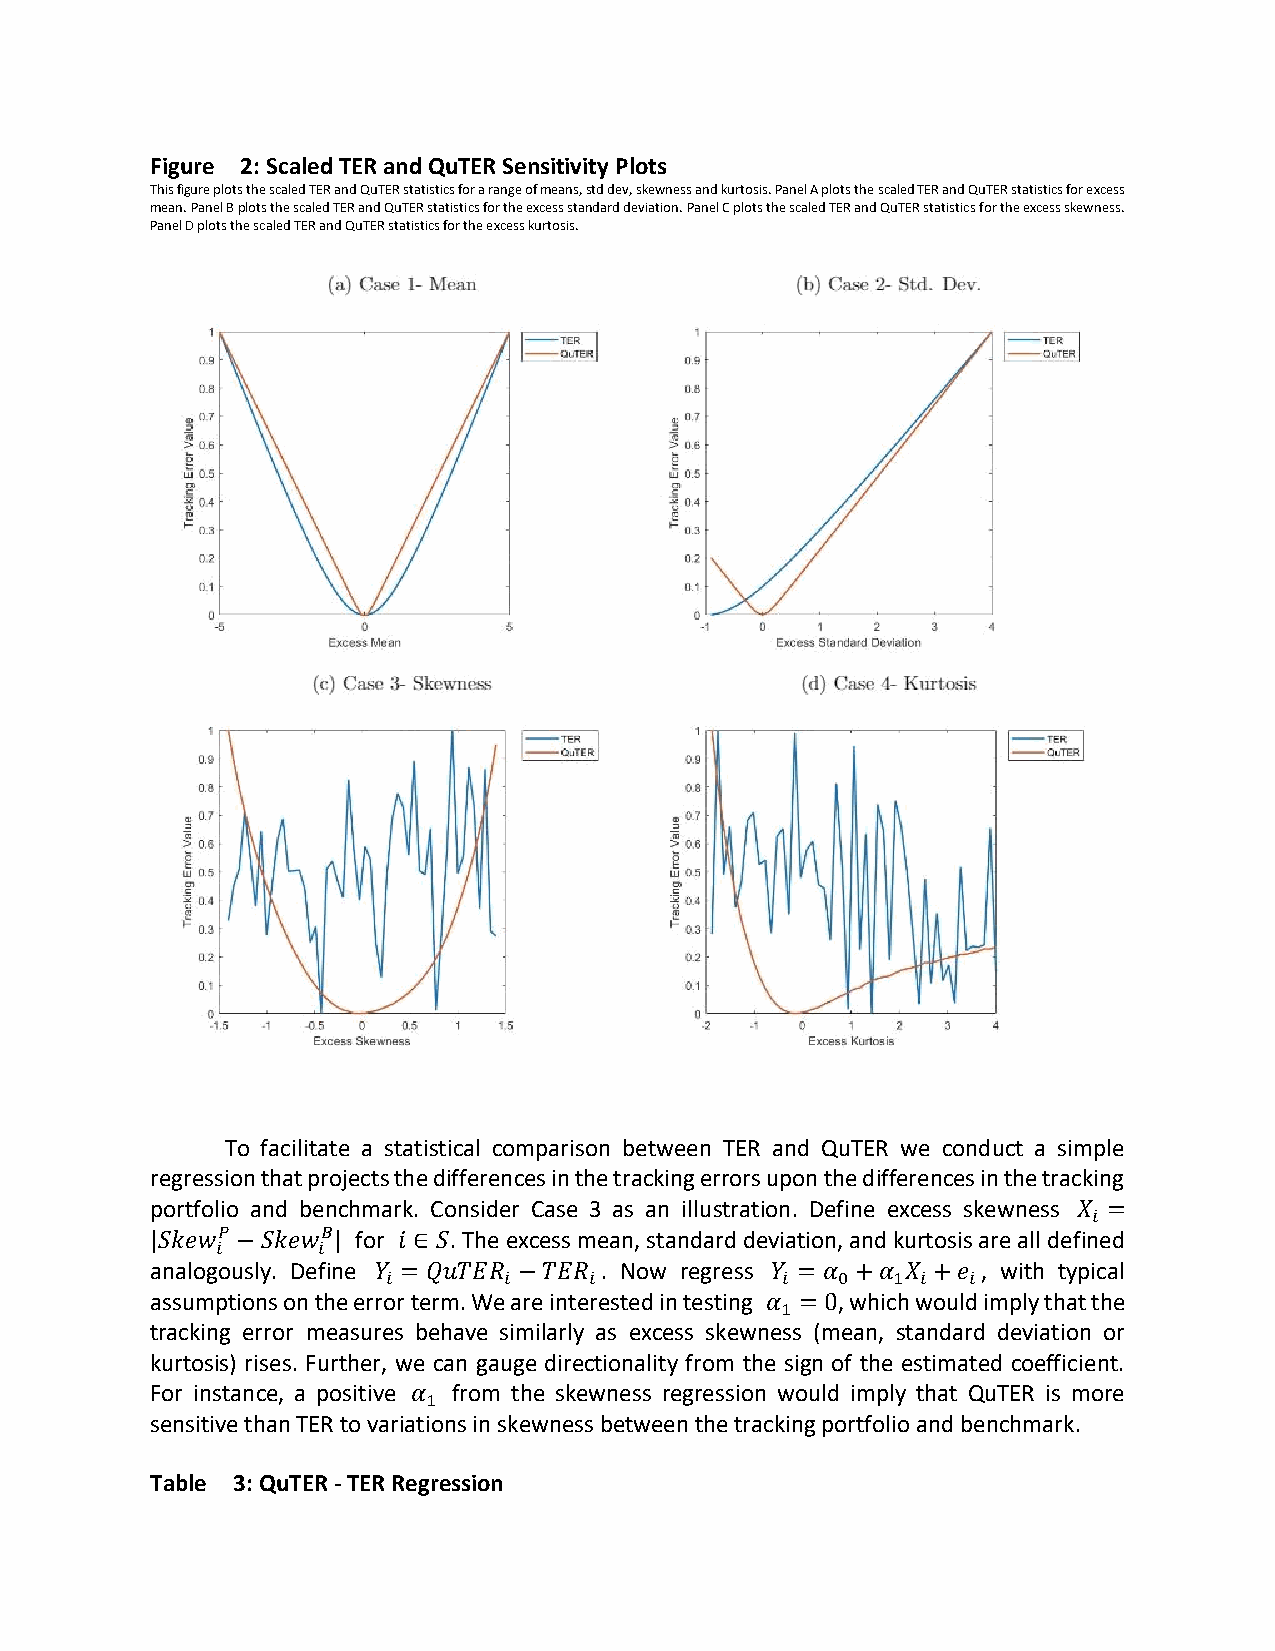
Figure 2: Scaled TER and QuTER Sensitivity Plots
 This figure plots the scaled TER and QuTER statistics for a range of means, std dev, skewness and kurtosis. Panel A plots the scaled TER and QuTER statistics for excess
 mean. Panel B plots the scaled TER and QuTER statistics for the excess standard deviation. Panel C plots the scaled TER and QuTER statistics for the excess skewness.
 Panel D plots the scaled TER and QuTER statistics for the excess kurtosis.
 To facilitate a statistical comparison between TER and QuTER we conduct a simple
 regression that projects the differences in the tracking errors upon the differences in the tracking
 portfolio and benchmark. Consider Case 3 as an illustration. Define excess skewness 𝑋 =
 𝑖
 |𝑆𝑘𝑒𝑤𝑃 −𝑆𝑘𝑒𝑤𝐵| for 𝑖 ∈ 𝑆. The excess mean, standard deviation, and kurtosis are all defined
 𝑖      𝑖
 analogously. Define 𝑌 = 𝑄𝑢𝑇𝐸𝑅 −𝑇𝐸𝑅 . Now regress 𝑌 = 𝛼 +𝛼 𝑋 +𝑒 , with typical
 𝑖      𝑖     𝑖            𝑖  0   1 𝑖  𝑖
 assumptions on the error term. We are interested in testing 𝛼 = 0, which would imply that the
 1
 tracking error measures behave similarly as excess skewness (mean, standard deviation or
 kurtosis) rises. Further, we can gauge directionality from the sign of the estimated coefficient.
 For instance, a positive 𝛼 from the skewness regression would imply that QuTER is more
 1
 sensitive than TER to variations in skewness between the tracking portfolio and benchmark.
 Table 3: QuTER - TER Regression